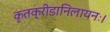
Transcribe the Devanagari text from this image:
कृतक्रीडानिलायनः।